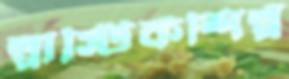
প্লাস্টিকশিল্প